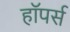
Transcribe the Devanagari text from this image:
हॉपर्स